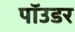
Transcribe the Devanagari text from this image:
पॉउडर